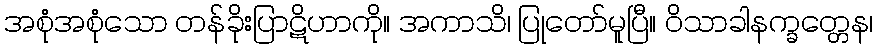
အစုံအစုံသော တန်ခိုးပြာဋိဟာကို။ အကာသိ၊ ပြုတော်မူပြီ။ ဝိသာခါနက္ခတ္တေန၊